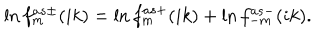
\ln f _ { m } ^ { a s \pm } ( i k ) = \ln f _ { m } ^ { a s + } ( i k ) + \ln f _ { - m } ^ { a s - } ( i k ) .